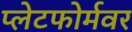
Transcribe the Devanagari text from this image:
प्लेटफोर्मवर